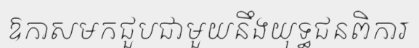
ឱកាសមកជួបជាមួយនឹងយុទ្ធជនពិការ